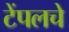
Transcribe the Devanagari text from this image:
टेंपलचे